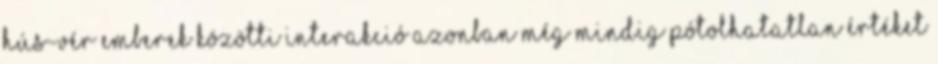
hús-vér emberek közötti interakció azonban még mindig pótolhatatlan értéket